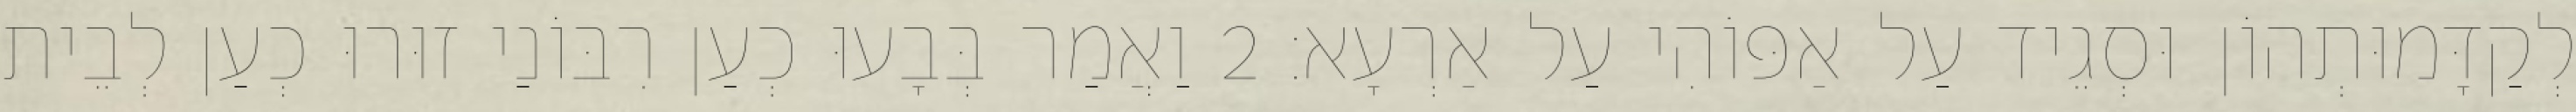
לְקַדָּמוּתְהוֹן וּסְגֵיד עַל אַפּוֹהִי עַל אַרְעָא׃ 2 וַאֲמַר בְּבָעוּ כְעַן רִבּוֹנַי זוּרוּ כְעַן לְבֵית